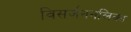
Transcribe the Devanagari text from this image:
विसर्जननलिका